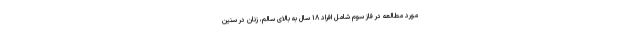
مورد مطالعه در فاز سوم شامل افراد ۱۸ سال به بالای سالم، زنان در سنین